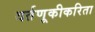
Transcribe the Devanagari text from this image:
वर्तणूकीकरिता